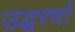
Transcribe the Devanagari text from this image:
उद्घरणों